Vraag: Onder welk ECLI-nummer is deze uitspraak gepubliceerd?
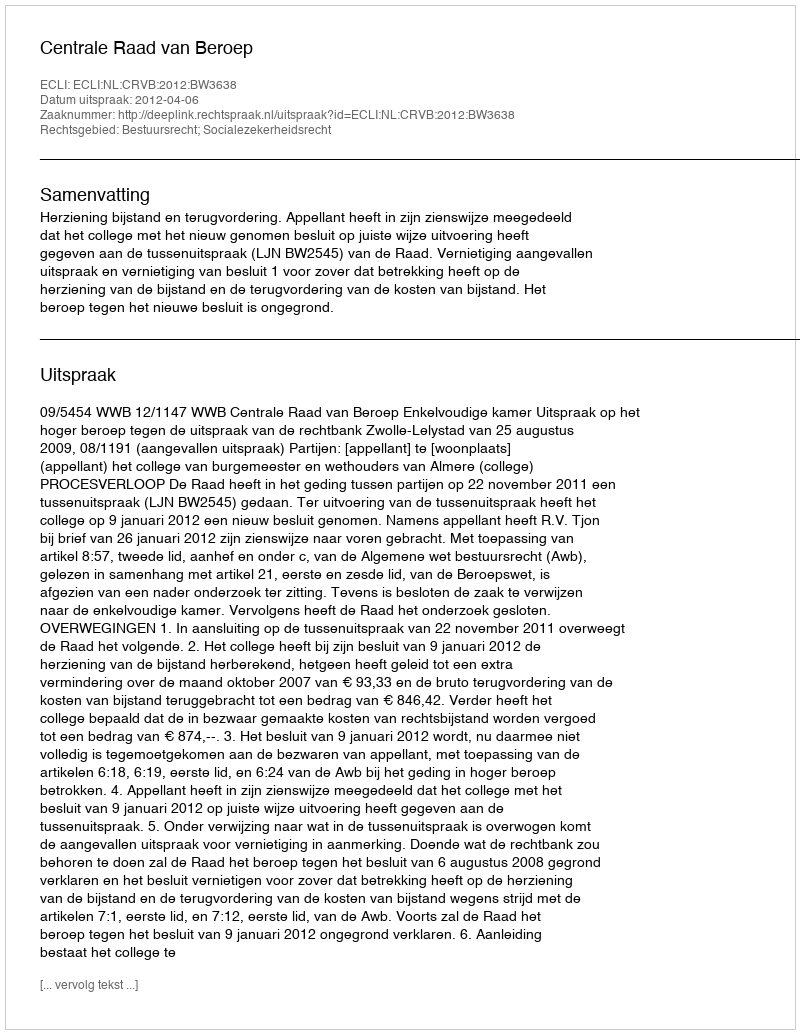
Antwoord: ECLI:NL:CRVB:2012:BW3638